Civil Veterinary Dept. North-West Frontier Province 1923-32 - 1923-1932
Year: 1923
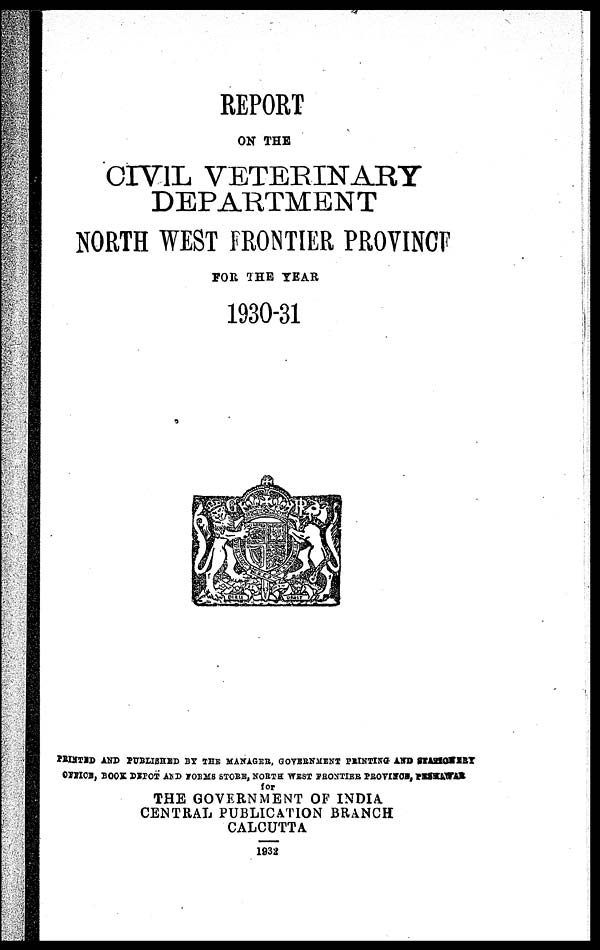
REPORT
ON THE
CIVIL VETERINARY
DEPARTMENT
NORTH WEST FRONTIER PROVINCE
FOR THE YEAR
1930-31
PRINTED AND PUBLISHED BY THE MANAGER, GOVERNMENT PRINTING AND STATIONERY
OFFICE, BOOK DEPOT AND FORMS STORE, NORTH WEST FRONTIER, PROVINCE, PESHAWAR
for
THE GOVERNMENT OF INDIA.
CENTRAL PUBLICATION BRANCH
CALCUTTA
1932